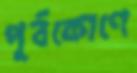
পূর্বকোণে